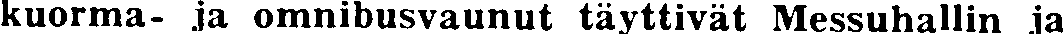
kuorma- ja omnibusvaunut täyttivät Messuhallin ja